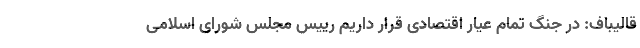
قالیباف: در جنگ تمام عیار اقتصادی قرار داریم رییس مجلس شورای اسلامی